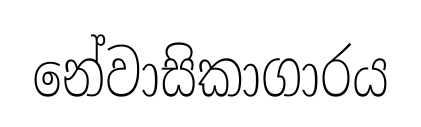
නේවාසිකාගාරය